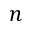
n